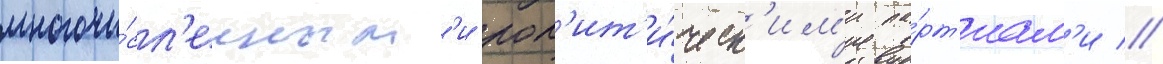
многочи́сл'енным'и пол'ит'и́ческ'им'и па́рт'иам'и //